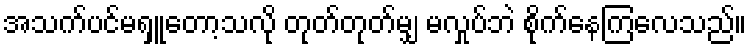
အသက်ပင်မရှူတော့သလို တုတ်တုတ်မျှ မလှုပ်ဘဲ စိုက်နေကြလေသည်။